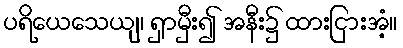
ပရိယေသေယျ၊ ရှာမှီး၍ အနီး၌ ထားငြားအံ့။